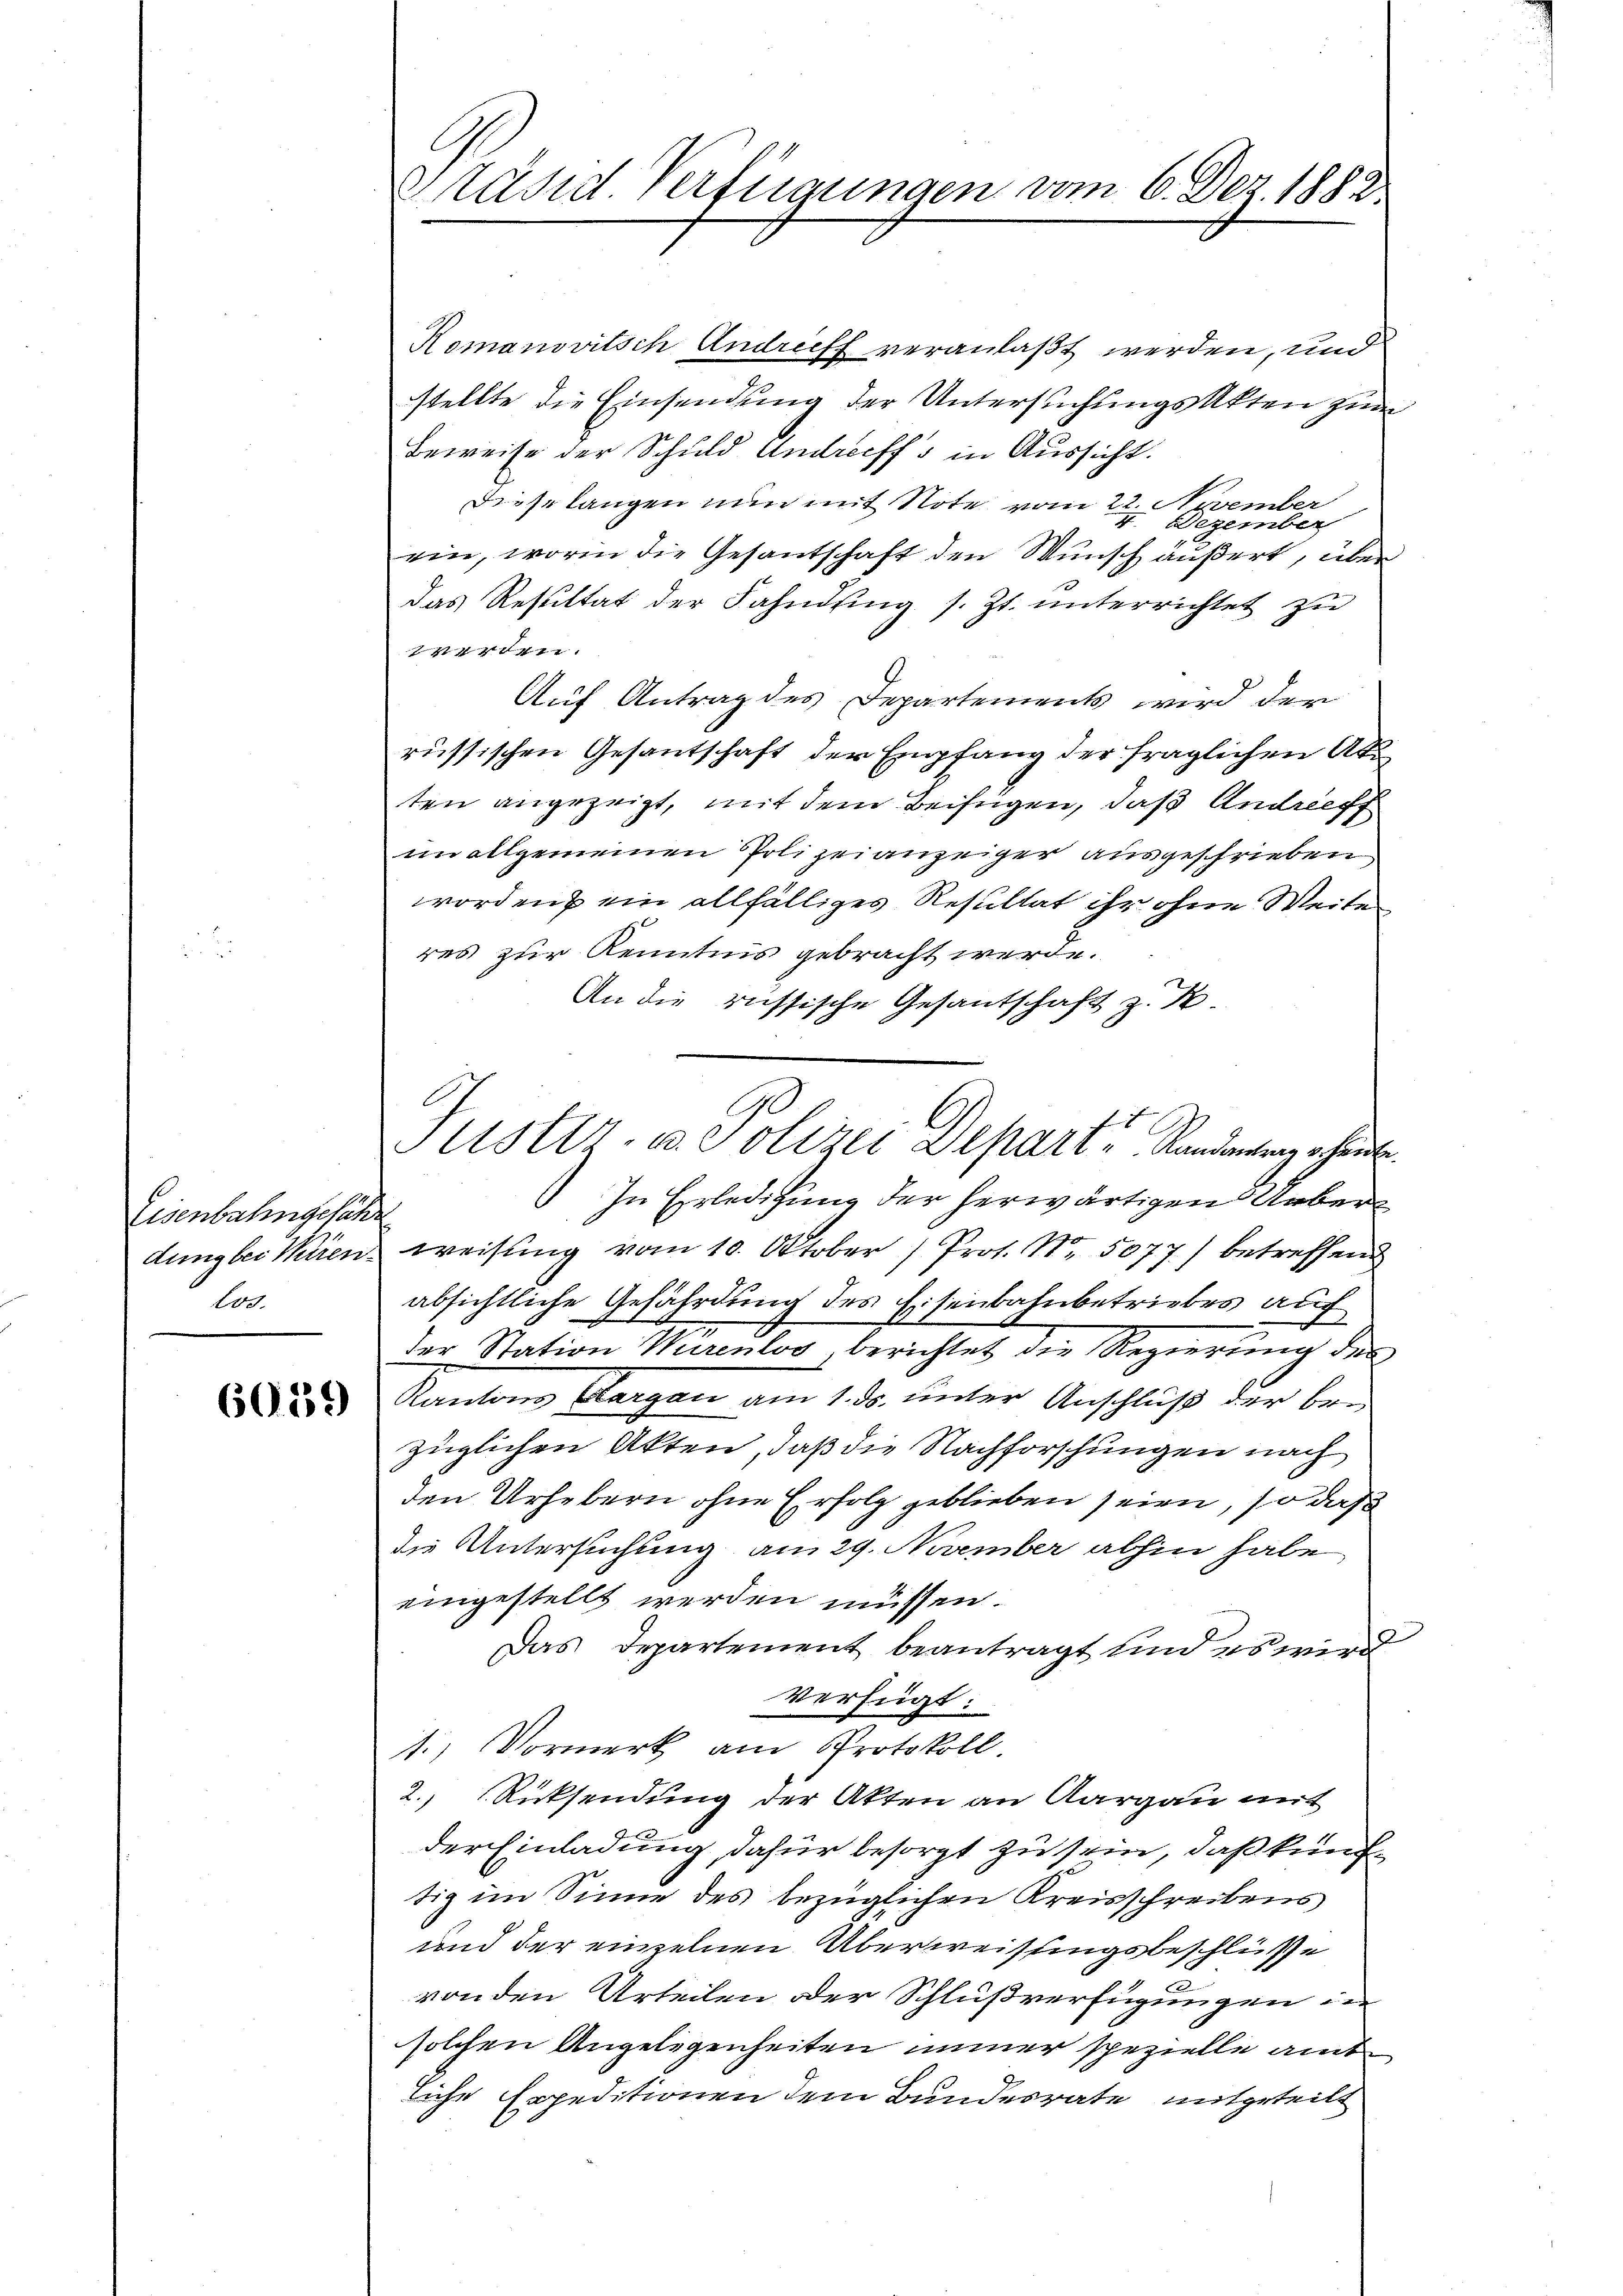
Eisenbahngesehe
100.

6059

Präsid. Verfügungen vom 6. Dez. 1882.

Romanovitsch Andreff veranlaßt werden, und
stellte die Einsendung der Untersuchungsakten zum
Beweise der Schuld Andreeffs in Aussicht.
Diese langen nun mit Note vom 22. November
r
Dezember
ein, worin die Gesantschaft den Wunsch äußert, über
das Resultat der Fahndung s. Zt. unterrichtet zu
werden.
Auf Antrag des Departements wird der
russischen Gesantschaft der Empfang der fraglichen Akaten angezeigt, mit dem Beifügen, daß Andreeff
im allgemeinen Polizeianzeiger ausgeschrieben
worden ein allfälliges Resultat ihr ohne Weite
res zur Kenntnis gebracht werde.
An die russische Gesantschaft z. B.
In Erledigung der herwärtigen Ueber
dung bei Kiren weisung vom 10. Oktober 1 Prot. N. 5077) betreffend
absichtliche Gefährdung des Eisenbahnbetriebes auf
der Station Maulos, berichtet die Regierŭng der
Kantons Aargau am 1. d. unter Anschluß der bezüglichen Akten, daß die Nachforschungen nach
den Urhebern ohne Erfolg geblieben seien, so daß
die Untersuchung am 29. November abhin habe
eingestellt werden müssen.
Das Departement beantragt und es wird
verfügt:
1.) Vormerk am Protokoll.
2. Rücksendung der Akten an Aargau mit
der Einladung, dafür besorgt zu sein, daß künftig im Sinne des bezüglichen Kreisschreibens
und der einzelnen Überweisungsbeschlüsse
von den Urteilen oder Schlußverfügungen in
solchen Angelegenheiten immer spezielle amt
liche Expeditionen dem Bundesrate mitgeteilt

C
Justir. u. Polizei Depart Randantrag heut